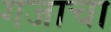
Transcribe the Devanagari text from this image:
गजाचा